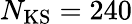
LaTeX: N_{\mathrm{KS}}=240